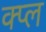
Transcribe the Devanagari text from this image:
क्प्ल